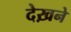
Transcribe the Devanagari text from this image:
देख़ने